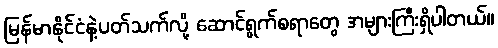
မြန်မာနိုင်ငံနဲ့ပတ်သက်လို့ ဆောင်ရွက်စရာတွေ အများကြီးရှိပါတယ်။